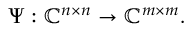
\Psi : \mathbb { C } ^ { n \times n } \rightarrow \mathbb { C } ^ { m \times m } .